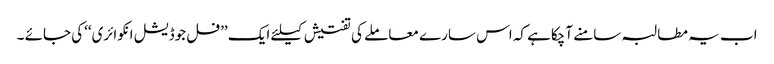
اب یہ مطالبہ سامنے آچکاہے کہ اس سارے معاملے کی تفتیش کیلئے ایک ’’فل جوڈیشل انکوائری‘‘کی جائے ۔